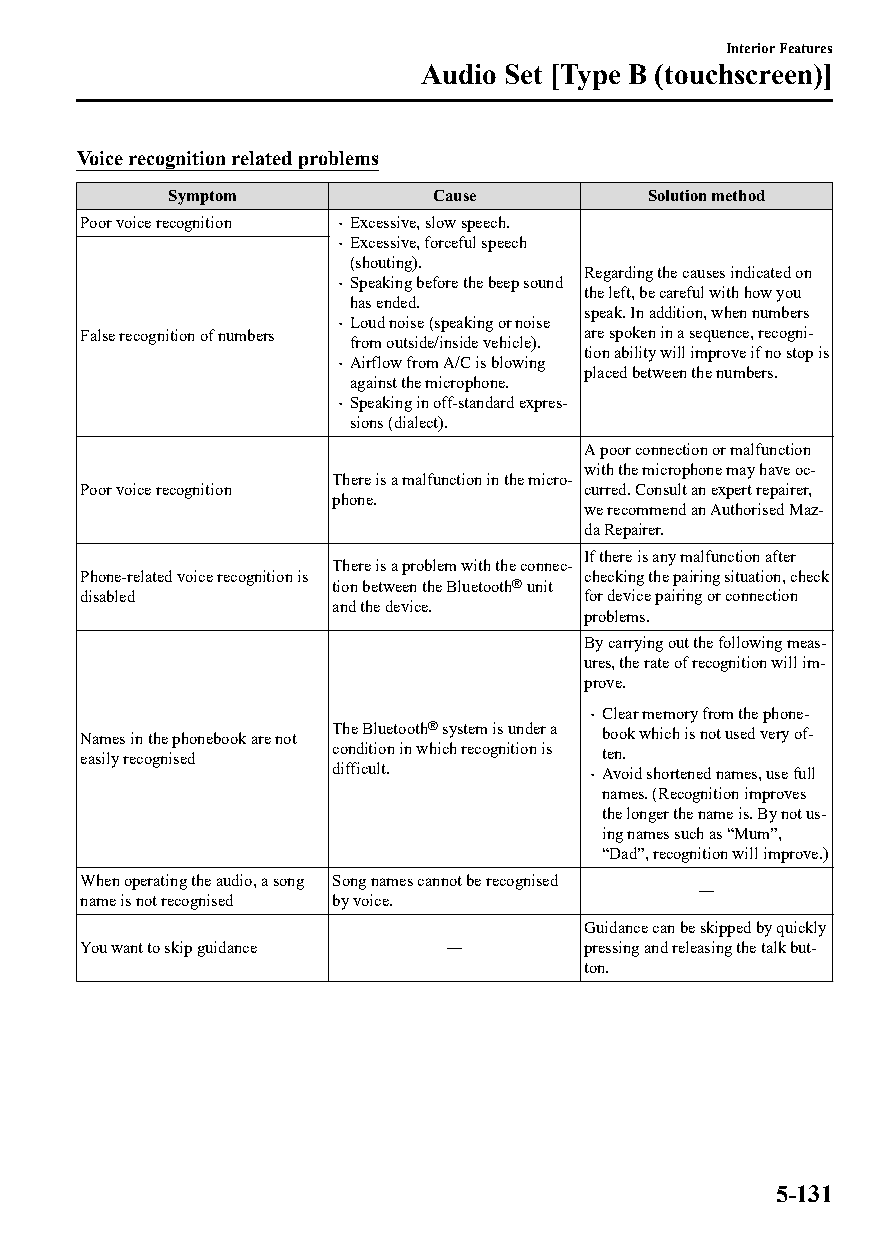
Interior Features
 Audio Set [Type B (touchscreen)]
 Voice recognition related problems
 Symptom          Cause          Solution method
 Poor voice recognition  Excessive, slow speech.
  Excessive, forceful speech
 (shouting).
 Regarding the causes indicated on
  Speaking before the beep sound the left, be careful with how you
 has ended.
 speak. In addition, when numbers
 False recognition of numbers  Loud noise (speaking or noise are spoken in a sequence, recogni‐
 from outside/inside vehicle).
 tion ability will improve if no stop is
  Airflow from A/C is blowing placed between the numbers.
 against the microphone.
  Speaking in off-standard expres‐
 sions (dialect).
 A poor connection or malfunction
 with the microphone may have oc‐
 There is a malfunction in the micro‐
 Poor voice recognition           curred. Consult an expert repairer,
 phone.
 we recommend an Authorised Maz‐
 da Repairer.
 If there is any malfunction after
 There is a problem with the connec‐
 Phone-related voice recognition is checking the pairing situation, check
 tion between the Bluetooth® unit
 disabled                         for device pairing or connection
 and the device.
 problems.
 By carrying out the following meas‐
 ures, the rate of recognition will im‐
 prove.
  Clear memory from the phone‐
 Names in the phonebook are not The Bluetooth® system is under a book which is not used very of‐
 easily recognised condition in which recognition is ten.
 difficult.        Avoid shortened names, use full
 names. (Recognition improves
 the longer the name is. By not us‐
 ing names such as “Mum”,
 “Dad”, recognition will improve.)
 When operating the audio, a song Song names cannot be recognised
 ―
 name is not recognised by voice.
 Guidance can be skipped by quickly
 You want to skip guidance ―      pressing and releasing the talk but‐
 ton.
 5-131
 CX-3_8GT4-EE-18D_Edition4                  2018-9-6 18:32:19